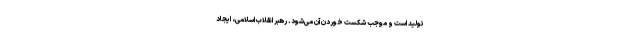
تولید است و موجب شکست خوردن آن می‌شود. رهبر انقلاب اسلامی، ایجاد